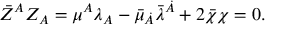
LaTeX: \bar { Z } ^ { \cal A } Z _ { \cal A } = \mu ^ { A } \lambda _ { A } - \bar { \mu } _ { \dot { A } } \bar { \lambda } ^ { \dot { A } } + 2 \bar { \chi } \chi = 0 .